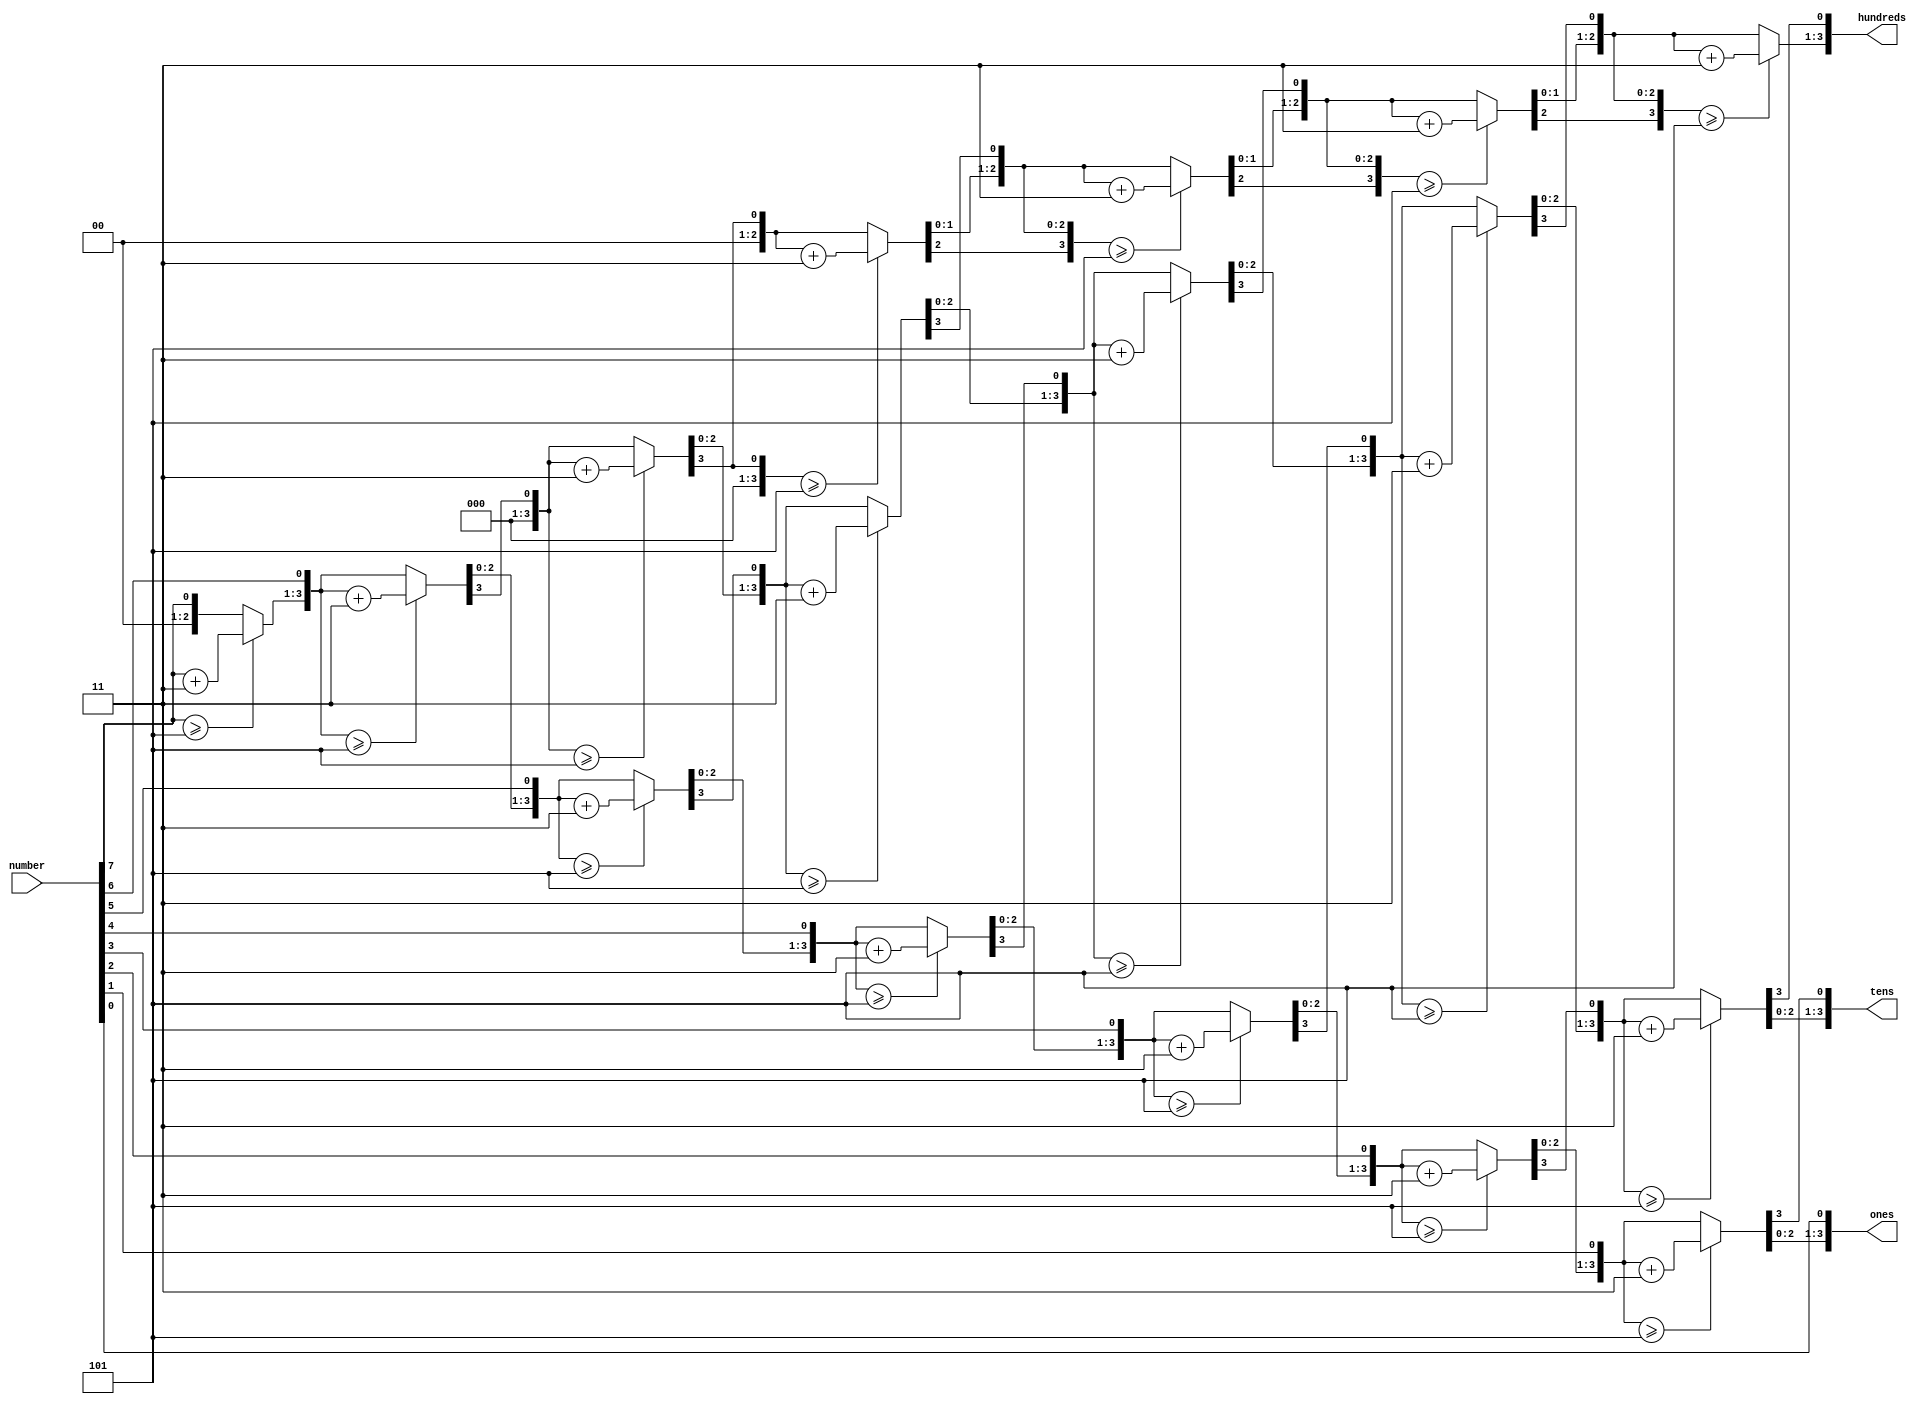
module bcd(number, hundreds, tens, ones);

input  [8:0] number;
output reg [3:0] hundreds;
output reg [3:0] tens;
output reg [3:0] ones;

reg [19:0] shift;
integer i;

always @(number)
begin
        shift[19:8] = 0;
        shift[7:0] = number[7:0];

        for (i=0; i < 8; i = i + 1)
        begin
                if (shift[11:8] >= 5)
                        shift[11:8] = shift[11:8] + 4'd3;

                if (shift[15:12] >= 5)
                        shift[15:12] = shift[15:12] + 4'd3;

                if (shift[19:16] >= 5)
                        shift[19:16] = shift[19:16] + 4'd3;

                shift = shift << 1;
        end

        hundreds = shift[19:16];
        tens     = shift[15:12];
        ones     = shift[11:8];
end

endmodule